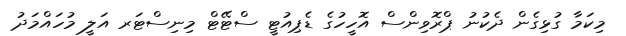
މިކަމާ ގުޅިގެން ދެކުނު ޕްރޮވިންސް އޮހީހުގެ ޑެޕިއުޓީ ސްޓޭޓް މިނިސްޓަރ އަލީ މުހައްމަދު